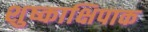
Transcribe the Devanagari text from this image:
शुष्काक्षिपाक